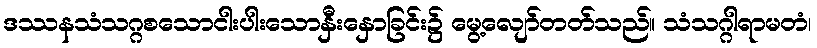
ဒဿနသံသဂ္ဂစသောငါးပါးသောနှီးနှောခြင်း၌ မွေ့လျော်တတ်သည်။ သံသဂ္ဂါရာမတံ၊